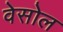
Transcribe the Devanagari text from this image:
वेसोल